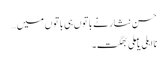
حسن نثار نے باتوں ہی باتوں میں…
نااہلی یا ملی بھگت۔